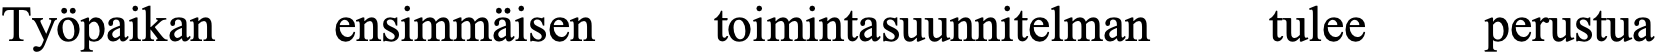
Työpaikan  ensimmäisen toimintasuunnitelman tulee perustua